Leaving Certificate Examination, 1905
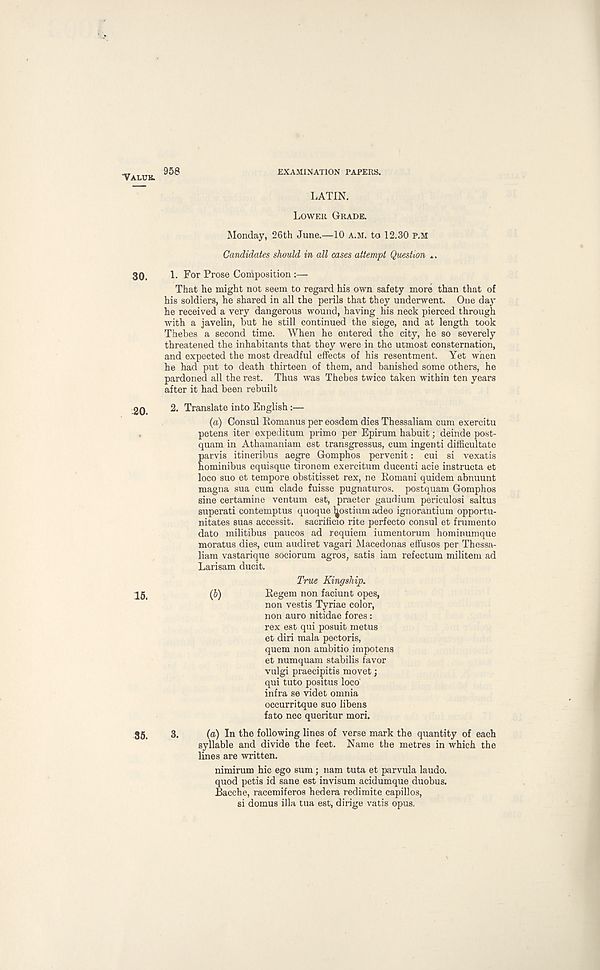
TALUK
958
EXAMINATION PAPERS.
LATIN.
LOWER GRADE.
Monday, 26th June.—10 A.M. to 12.30 P.M
Candidates should in all cases attempt Question *.
30.
1. For Prose Composition :—
That he might not seem to regard his own safety more than that of
his soldiers, he shared in all the perils that they underwent. One day
he received a very dangerous wound, having his neck pierced through
with a javelin, but he still continued the siege, and at length took
Thebes a second time. When he entered the city, he so severely
threatened the inhabitants that they were in the utmost consternation,
and expected the most dreadful effects of his resentment. Yet when
he had put to death thirteen of them, and banished some others, he
pardoned all the rest. Thus was Thebes twice taken within ten years
after it had been rebuilt
20.
2. Translate into English:—
(a) Consul Romanus per eosdem dies Thessaliam cum exercitu
petens iter expeditum primo per Epirum habuit; deinde post-
quam in Athamaniam est transgressus, cum ingenti diffieultate
parvis itineribus aegre Gomphos pervenit: cui si vexatis
hominibus equisque tironem exercitum ducenti acie instructa et
loco suo et tempore obstitisset rex, ne Romani quidem abnuunt
magna sua cum clade fuisse pugnaturos. postquam Gomphos
sine certamine ventum est, praeter gaudium perieulosi saltus
superati contemptus quoque jjostium adeo ignorantium opportu-
nitates suas accessit. sacrificio rite perfecto consul et frumento
dato militibus paucos ad requiem iumentorum hominumque
moratus dies, cum audiret vagari Macedonas effuses per Thessa-
liam vastarique sociorum agros, satis iam refectum militem ad
Larisam ducit.
True Kingship.
15>
(6)
Regem non faciunt opes,
non vestis Tyriae color,
non auro nitidae fores:
rex est qui posuit metus
et diri mala pectoris,
quern non ambitio impotens
et numquam stabilis favor
vulgi praecipitis movet;
qui tuto positus loco
infra se videt omnia
occurritquo suo libens
fa to nee queritur mori.
35.
3.
(a) In the following lines of verse mark the quantity of each
syllable and divide the feet. Name the metres in which the
lines are written.
nimirum hie ego sum; nam tuta et parvula laudo.
quod petis id sane est invisum acidumque duobus.
Bacche, racemiferos hedera redimite capillos,
si domus ilia tua est, dirige vatis opus.